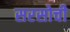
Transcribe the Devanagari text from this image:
सरसोची